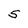
Character: 5